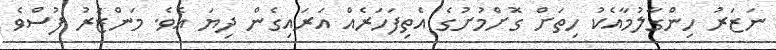
ނަޒަރު ހިންގާލުމާއެކު ހިތަށް ގޮށްމުށުގެ އެތިފަހަރެއް އަރައިގެން ދިޔަ އެވެ. މަންޒަރު ފުސްވެ